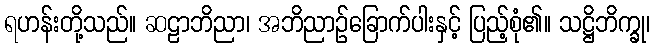
ရဟန်းတို့သည်။ ဆဠာဘိညာ၊ အဘိညာဉ်ခြောက်ပါးနှင့် ပြည့်စုံ၏။ သဋ္ဌိဘိက္ခု၊